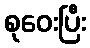
စုဝေးပြီး